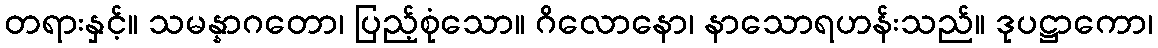
တရားနှင့်။ သမန္နာဂတော၊ ပြည့်စုံသော။ ဂိလောနော၊ နာသောရဟန်းသည်။ ဒုပဋ္ဌာကော၊